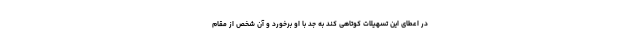
در اعطای این تسهیلات کوتاهی کند به جد با او برخورد و آن شخص از مقام